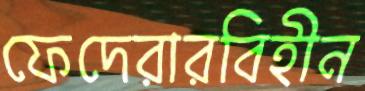
ফেদেরারবিহীন